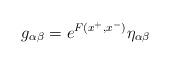
LaTeX: \begin{align*}g_{\alpha \beta }=e^{F(x^{+},x^{-})}\eta _{\alpha \beta } \end{align*}